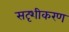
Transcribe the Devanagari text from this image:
सदृशीकरण